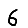
Digit: 6